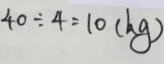
4 0 \div 4 = 1 0 ( k g )